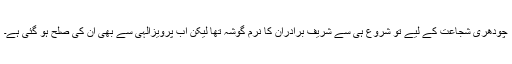
چودھری شجاعت کے لیے تو شروع ہی سے شریف برادران کا نرم گوشہ تھا لیکن اب پرویزالٰہی سے بھی ان کی صلح ہو گئی ہے۔